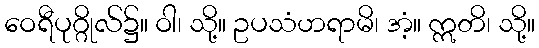
ဝေရီပုဂ္ဂိုလ်၌။ ဝါ၊ သို့။ ဥပသံဟရာမိ၊ အံ့။ ဣတိ၊ သို့။